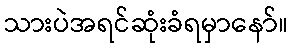
သားပဲအရင်ဆုံးခံရမှာနော်။